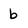
Character: b